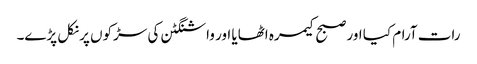
رات آرام کیا اور صبح کیمرہ اٹھایا اور واشنگٹن کی سڑکوں پر نکل پڑے۔